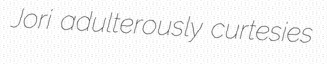
Jori adulterously curtesies